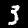
Digit: 3